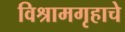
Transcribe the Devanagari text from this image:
विश्रामगृहाचे